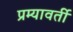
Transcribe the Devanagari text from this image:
प्रम्यावर्ती